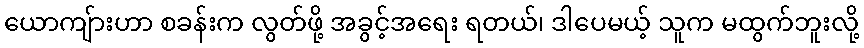
ယောကျ်ားဟာ စခန်းက လွတ်ဖို့ အခွင့်အရေး ရတယ်၊ ဒါပေမယ့် သူက မထွက်ဘူးလို့